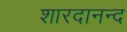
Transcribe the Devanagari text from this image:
शारदानन्द